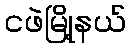
ငဖဲမြို့နယ်